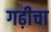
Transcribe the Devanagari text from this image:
गढ़ीचा